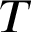
T